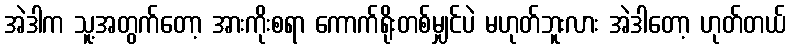
အဲဒါက သူ့အတွက်တော့ အားကိုးစရာ ကောက်ရိုးတစ်မျှင်ပဲ မဟုတ်ဘူးလား အဲဒါတော့ ဟုတ်တယ်